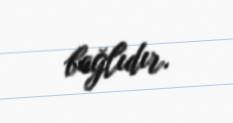
bağlıdır.